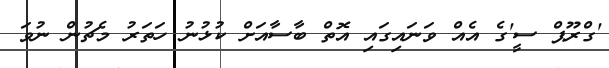
'ގްރޫޕް ސީ'ގެ އެއް ވަނައިގައި އޮތް ބާސާއަށް ކުޅުނު ހަތަރު މެޗުން ނުވަ